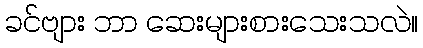
ခင်ဗျား ဘာ ဆေးများစားသေးသလဲ။